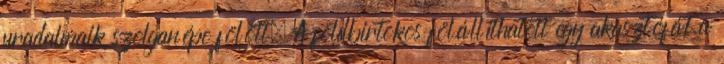
uradalmaik szolganépe fölött. A földbirtokos fölállíthatott egy akasztófát a